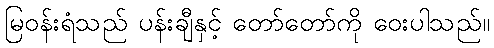
မြဝန်းရံသည် ပန်းချီနှင့် တော်တော်ကို ဝေးပါသည်။